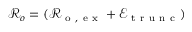
\mathcal { R } _ { o } = ( \mathcal { R } _ { \mathrm { ~ o ~ , ~ e ~ x ~ } } + \mathcal { E } _ { \mathrm { ~ t ~ r ~ u ~ n ~ c ~ } } )